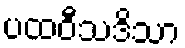
ပထဝီသဒိသာ